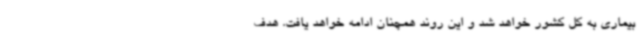
بیماری به کل کشور خواهد شد و این روند همچنان ادامه خواهد یافت. هدف